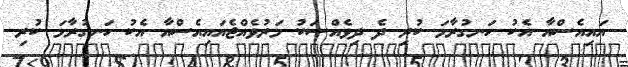
އައިއެސްއާ އެކު ހަނގުރާމަ ކުރި ދެ ދިވެއްސަކު މަރުވެއްޖެއައިއެސްއާ އެކު ހަނގުރާމަ ކުރި